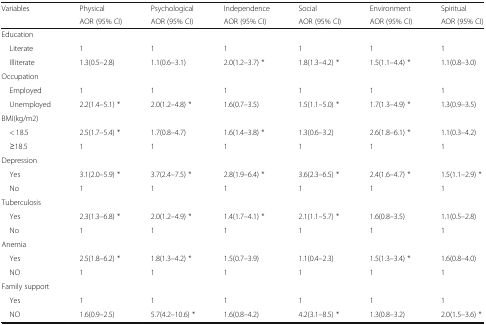
<table><thead><tr><td rowspan="2"><b>Variables</b></td><td><b>Physical</b></td><td><b>Psychological</b></td><td><b>Independence</b></td><td><b>Social</b></td><td><b>Environment</b></td><td><b>Spiritual</b></td></tr><tr><td><b>AOR (95% CI)</b></td><td><b>AOR (95% CI)</b></td><td><b>AOR (95% CI)</b></td><td><b>AOR (95% CI)</b></td><td><b>AOR (95% CI)</b></td><td><b>AOR (95% CI)</b></td></tr></thead><tbody><tr><td colspan="7">Education</td></tr><tr><td> Literate</td><td>1</td><td>1</td><td>1</td><td>1</td><td>1</td><td>1</td></tr><tr><td> Illiterate</td><td>1.3(0.5–2.8)</td><td>1.1(0.6–3.1)</td><td>2.0(1.2–3.7) *</td><td>1.8(1.3–4.2) *</td><td>1.5(1.1–4.4) *</td><td>1.1(0.8–3.0)</td></tr><tr><td colspan="7">Occupation</td></tr><tr><td> Employed</td><td>1</td><td>1</td><td>1</td><td>1</td><td>1</td><td>1</td></tr><tr><td> Unemployed</td><td>2.2(1.4–5.1) *</td><td>2.0(1.2–4.8) *</td><td>1.6(0.7–3.5)</td><td>1.5(1.1–5.0) *</td><td>1.7(1.3–4.9) *</td><td>1.3(0.9–3.5)</td></tr><tr><td colspan="7">BMI(kg/m2)</td></tr><tr><td> &lt; 18.5</td><td>2.5(1.7–5.4) *</td><td>1.7(0.8–4.7)</td><td>1.6(1.4–3.8) *</td><td>1.3(0.6–3.2)</td><td>2.6(1.8–6.1) *</td><td>1.1(0.3–4.2)</td></tr><tr><td> ≥18.5</td><td>1</td><td>1</td><td>1</td><td>1</td><td>1</td><td>1</td></tr><tr><td colspan="7">Depression</td></tr><tr><td> Yes</td><td>3.1(2.0–5.9) *</td><td>3.7(2.4–7.5) *</td><td>2.8(1.9–6.4) *</td><td>3.6(2.3–6.5) *</td><td>2.4(1.6–4.7) *</td><td>1.5(1.1–2.9) *</td></tr><tr><td> No</td><td>1</td><td>1</td><td>1</td><td>1</td><td>1</td><td>1</td></tr><tr><td colspan="7">Tuberculosis</td></tr><tr><td> Yes</td><td>2.3(1.3–6.8) *</td><td>2.0(1.2–4.9) *</td><td>1.4(1.7–4.1) *</td><td>2.1(1.1–5.7) *</td><td>1.6(0.8–3.5)</td><td>1.1(0.5–2.8)</td></tr><tr><td> No</td><td>1</td><td>1</td><td>1</td><td>1</td><td>1</td><td>1</td></tr><tr><td colspan="7">Anemia</td></tr><tr><td> Yes</td><td>2.5(1.8–6.2) *</td><td>1.8(1.3–4.2) *</td><td>1.5(0.7–3.9)</td><td>1.1(0.4–2.3)</td><td>1.5(1.3–3.4) *</td><td>1.6(0.8–4.0)</td></tr><tr><td> NO</td><td>1</td><td>1</td><td>1</td><td>1</td><td>1</td><td>1</td></tr><tr><td colspan="7">Family support</td></tr><tr><td> Yes</td><td>1</td><td>1</td><td>1</td><td>1</td><td>1</td><td>1</td></tr><tr><td> NO</td><td>1.6(0.9–2.5)</td><td>5.7(4.2–10.6) *</td><td>1.6(0.8–4.2)</td><td>4.2(3.1–8.5) *</td><td>1.3(0.8–3.2)</td><td>2.0(1.5–3.6) *</td></tr></tbody></table>